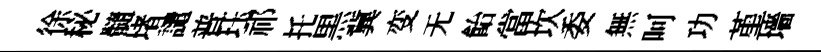
徐秘髓堵譴普珏祁托黒冀变无飴當坎委無呵功堇墻